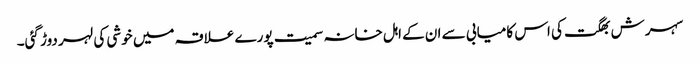
سہرش بھگت کی اس کامیابی سے ان کے اہل خانہ سمیت پورے علاقہ میں خوشی کی لہر دوڑ گئی۔